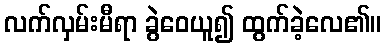
လက်လှမ်းမီရာ ခွဲဝေယူ၍ ထွက်ခဲ့လေ၏။